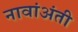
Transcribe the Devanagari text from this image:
नावांअंती